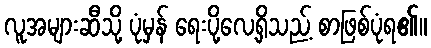
လူအများဆီသို့ ပုံမှန် ရေးပို့လေ့ရှိသည့် စာဖြစ်ပုံရ၏။